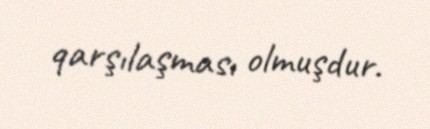
qarşılaşması olmuşdur.